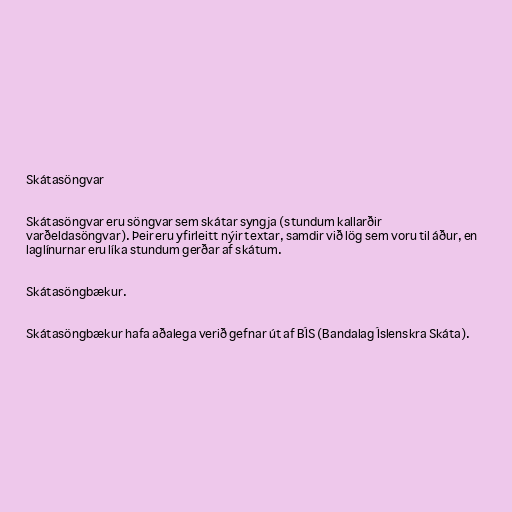
Skátasöngvar

Skátasöngvar eru söngvar sem skátar syngja (stundum kallarðir
varðeldasöngvar). Þeir eru yfirleitt nýir textar, samdir við lög sem voru til áður, en
laglínurnar eru líka stundum gerðar af skátum.

Skátasöngbækur.

Skátasöngbækur hafa aðalega verið gefnar út af BÍS (Bandalag Íslenskra Skáta).